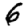
Digit: 6